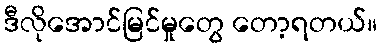
ဒီလိုအောင်မြင်မှုတွေ တော့ရတယ်။